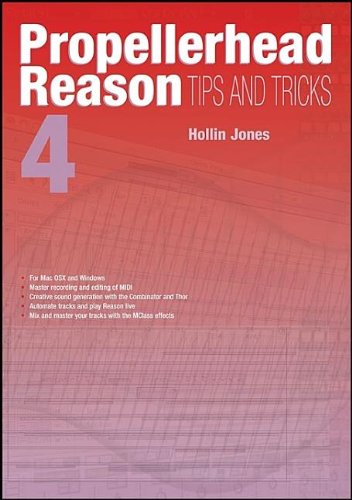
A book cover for Propellerhead Reason 4 Tips and Tricks; Hollin Jones; Computers & Technology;